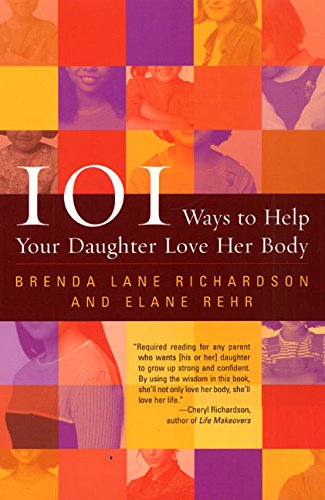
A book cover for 101 Ways to Help Your Daughter Love Her Body; Brenda Lane Richardson; Parenting & Relationships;